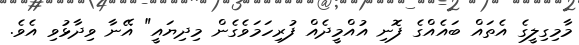
މާމިގިލީގެ އެތައް ބައެއްގެ ފޮނި އުއްމީދެއް ފުރިހަމަވެގެން މިދިޔައީ" އޭނާ ވިދާޅުވި އެވެ.